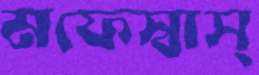
মফেস্বাস্